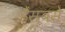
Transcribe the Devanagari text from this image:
हैंसबसे